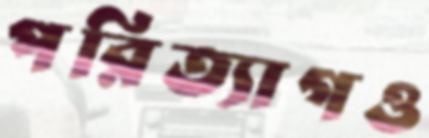
পরিত্যাগও